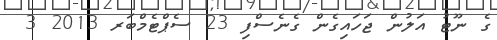
ގެ ނޫޓު އަލުން ޖަހައިގެން ގެނެސްފި 23 ސެޕްޓެމްބަރ 2013 3